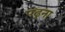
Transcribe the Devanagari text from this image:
पढ्ना